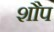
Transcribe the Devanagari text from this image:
शौप